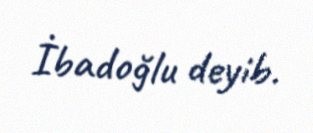
İbadoğlu deyib.